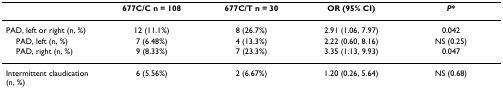
<table><thead><tr><td></td><td><b>677C/C n = 108</b></td><td><b>677C/T n = 30</b></td><td><b>OR (95% CI)</b></td><td><b><i>P</i>*</b></td></tr></thead><tbody><tr><td>PAD, left or right (n, %)</td><td>12 (11.1%)</td><td>8 (26.7%)</td><td>2.91 (1.06, 7.97)</td><td>0.042</td></tr><tr><td> PAD, left (n, %)</td><td>7 (6.48%)</td><td>4 (13.3%)</td><td>2.22 (0.60, 8.16)</td><td>NS (0.25)</td></tr><tr><td> PAD, right (n, %)</td><td>9 (8.33%)</td><td>7 (23.3%)</td><td>3.35 (1.13, 9.93)</td><td>0.047</td></tr><tr><td>Intermittent claudication (n, %)</td><td>6 (5.56%)</td><td>2 (6.67%)</td><td>1.20 (0.26, 5.64)</td><td>NS (0.68)</td></tr></tbody></table>